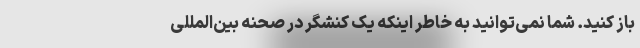
باز کنید. شما نمی‌توانید به خاطر اینکه یک کنشگر در صحنه بین‌‌المللی